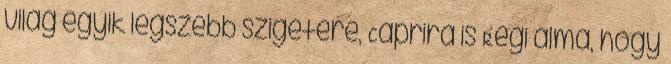
világ egyik legszebb szigetére, Caprira is Régi álma, hogy